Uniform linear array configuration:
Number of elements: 32
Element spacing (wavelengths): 0.25
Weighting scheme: binomial
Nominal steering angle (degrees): -45
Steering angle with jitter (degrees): -45.088
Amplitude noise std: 0.05
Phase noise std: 0.05

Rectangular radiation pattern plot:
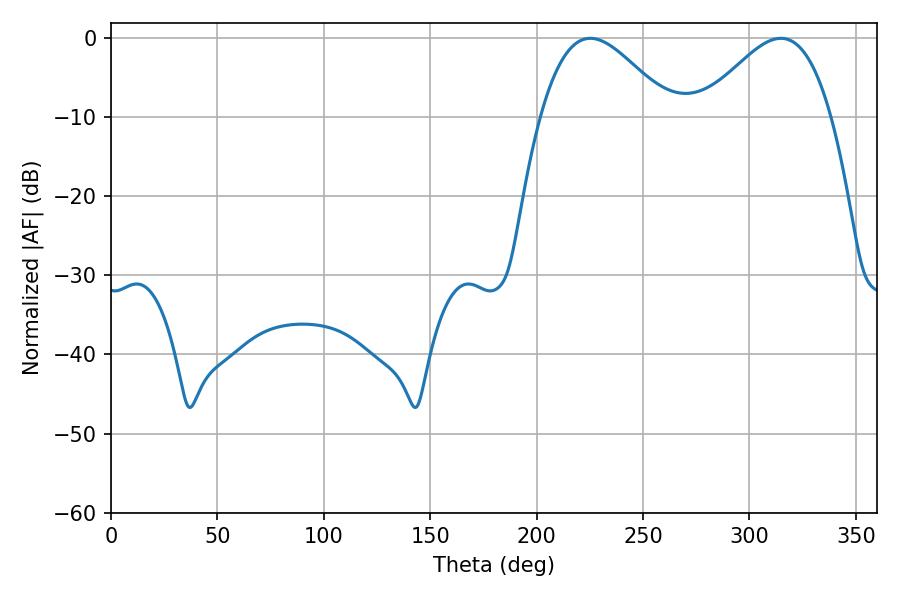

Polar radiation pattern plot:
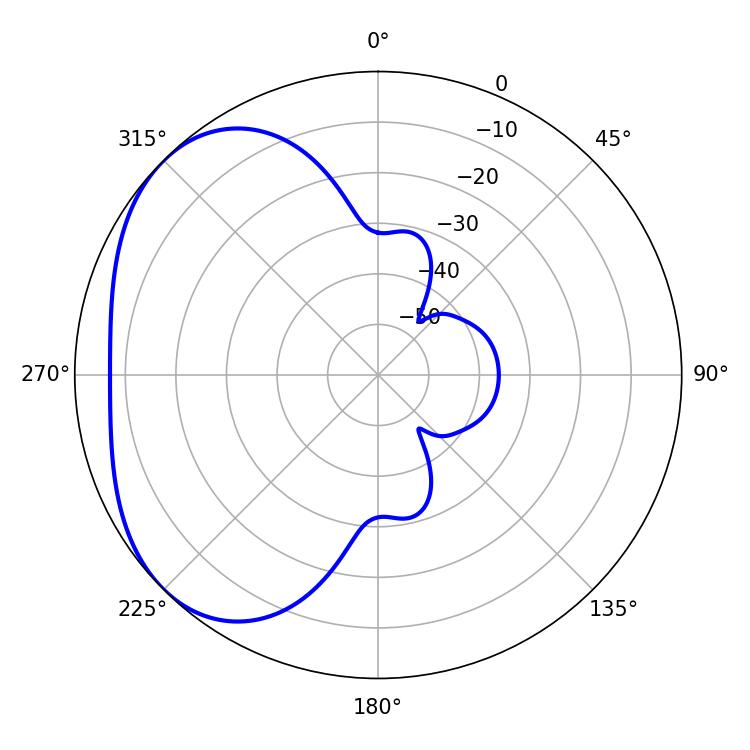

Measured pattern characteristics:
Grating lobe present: FALSE
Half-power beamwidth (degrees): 32.58
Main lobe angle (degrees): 225.18